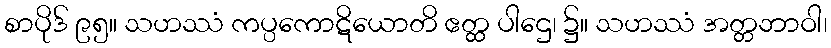
စာပိုဒ် ၉၅။ သဟဿံ ကပ္ပကောဋိယောတိ ဧတ္ထ ပါဌေ၊ ၌။ သဟဿံ အတ္တဘာဝါ၊